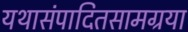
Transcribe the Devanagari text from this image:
यथासंपादितसामग्रया